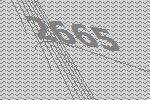
2665